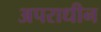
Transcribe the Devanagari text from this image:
अपराधीन